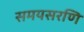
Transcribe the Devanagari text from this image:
समयसरणि